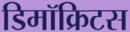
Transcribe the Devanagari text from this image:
डिमॉक्रिटस